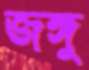
জঙ্গু